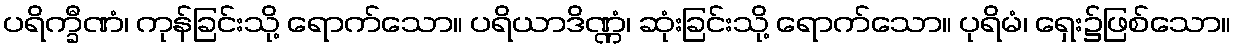
ပရိက္ခီဏံ၊ ကုန်ခြင်းသို့ ရောက်သော။ ပရိယာဒိဏ္ဏံ၊ ဆုံးခြင်းသို့ ရောက်သော။ ပုရိမံ၊ ရှေး၌ဖြစ်သော။